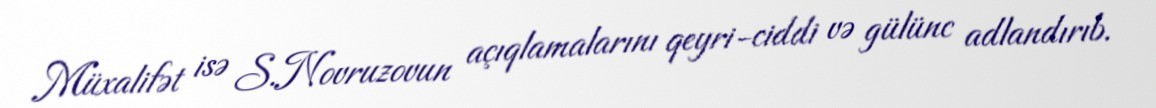
Müxalifət isə S.Novruzovun açıqlamalarını qeyri-ciddi və gülünc adlandırıb.